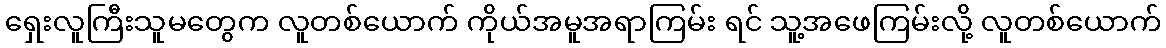
ရှေးလူကြီးသူမတွေက လူတစ်ယောက် ကိုယ်အမူအရာကြမ်း ရင် သူ့အဖေကြမ်းလို့ လူတစ်ယောက်